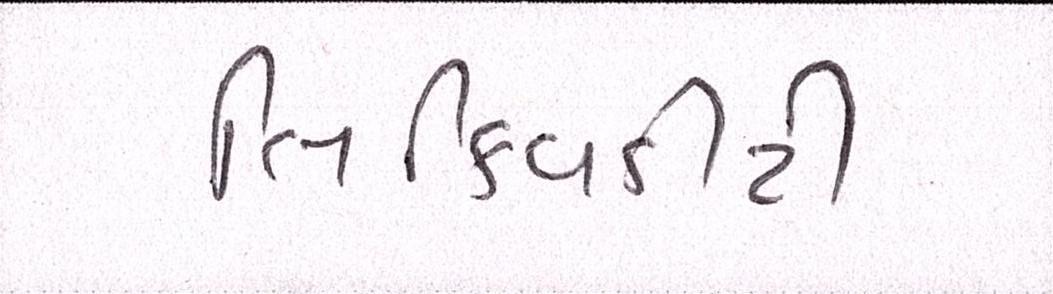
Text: લિક્વિડીટી